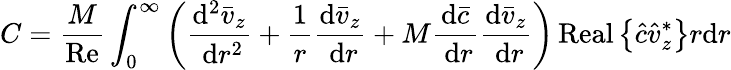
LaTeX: C=\frac{M}{\operatorname{Re}}\int_{0}^{\infty}\left(\frac{\mathrm{d}^{2}\bar{v}_{z}}{\mathrm{~d}r^{2}}+\frac{1}{r}\frac{\mathrm{d}\bar{v}_{z}}{\mathrm{~d}r}+M\frac{\mathrm{d}\bar{c}}{\mathrm{~d}r}\frac{\mathrm{d}\bar{v}_{z}}{\mathrm{~d}r}\right)\operatorname{Real}\left\{ \hat{c}\hat{v}_{z}^{*}\right\} r\mathrm{d}r